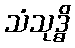
သံသုဒ္ဓိ